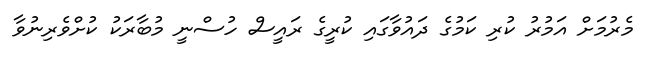
މެރުމަށް އަމުރު ކުރި ކަމުގެ ދައުވާގައި ކުރީގެ ރައީސް ހުސްނީ މުބާރަކު ކުށްވެރިނުވާ